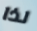
لذا